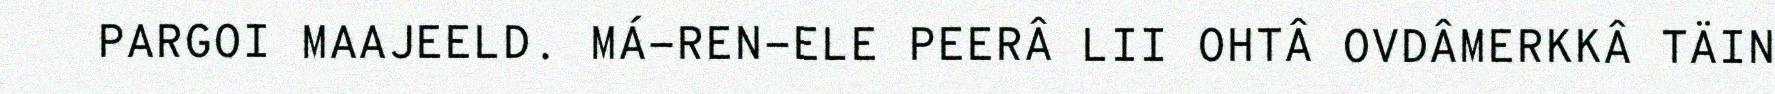
PARGOI MAAJEELD. MÁ-REN-ELE PEERÂ LII OHTÂ OVDÂMERKKÂ TÄIN